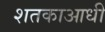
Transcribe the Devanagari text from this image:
शतकाआधी